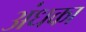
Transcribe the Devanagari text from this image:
अंधका